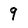
Character: 9